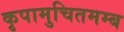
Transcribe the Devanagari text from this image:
कृपामुचितमम्ब